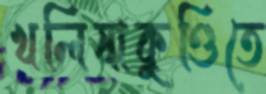
খলিষাকুণ্ডিতে